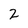
Character: 2